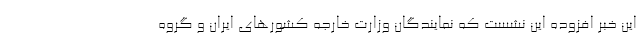
این خبر افزوده این نشست که نمایندگان وزارت خارجه کشورهای ایران و گروه